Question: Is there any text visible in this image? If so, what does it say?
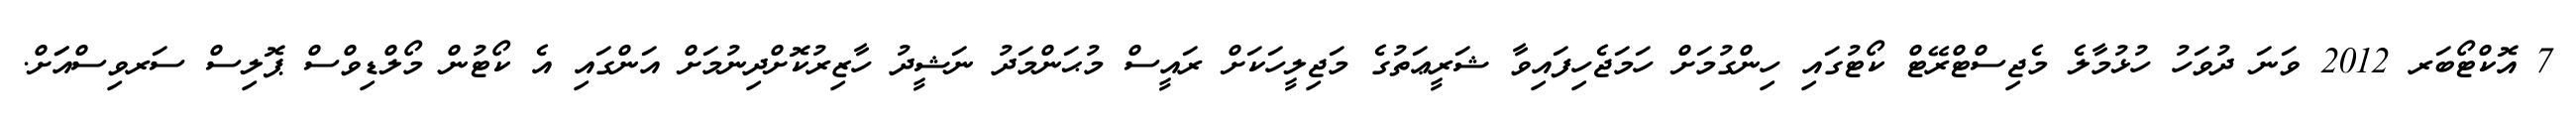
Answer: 7 އޮކްޓޯބަރ 2012 ވަނަ ދުވަހު ހުޅުމާލެ މެޖިސްޓްރޭޓް ކޯޓުގައި ހިންގުމަށް ހަމަޖެހިފައިވާ ޝަރީޢަތުގެ މަޖިލީހަކަށް ރައީސް މުޙަންމަދު ނަޝީދު ހާޒިރުކޮށްދިނުމަށް އަންގައި އެ ކޯޓުން މޯލްޑިވްސް ޕޮލިސް ސަރވިސްއަަށް.